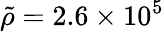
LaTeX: \tilde{\rho}=2.6\times 10^{5}